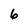
Character: 6